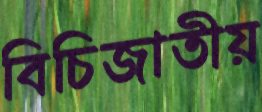
বিচিজাতীয়